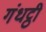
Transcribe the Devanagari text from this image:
गंधट्ठी